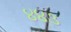
૪૪૩